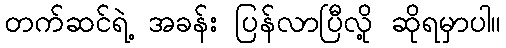
တက်ဆင်ရဲ့ အခန်း ပြန်လာပြီလို့ ဆိုရမှာပါ။